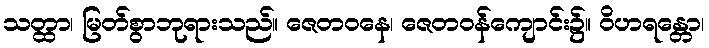
သတ္ထာ၊ မြတ်စွာဘုရားသည်။ ဇေတဝနေ၊ ဇေတဝန်ကျောင်း၌။ ဝိဟရန္တော၊